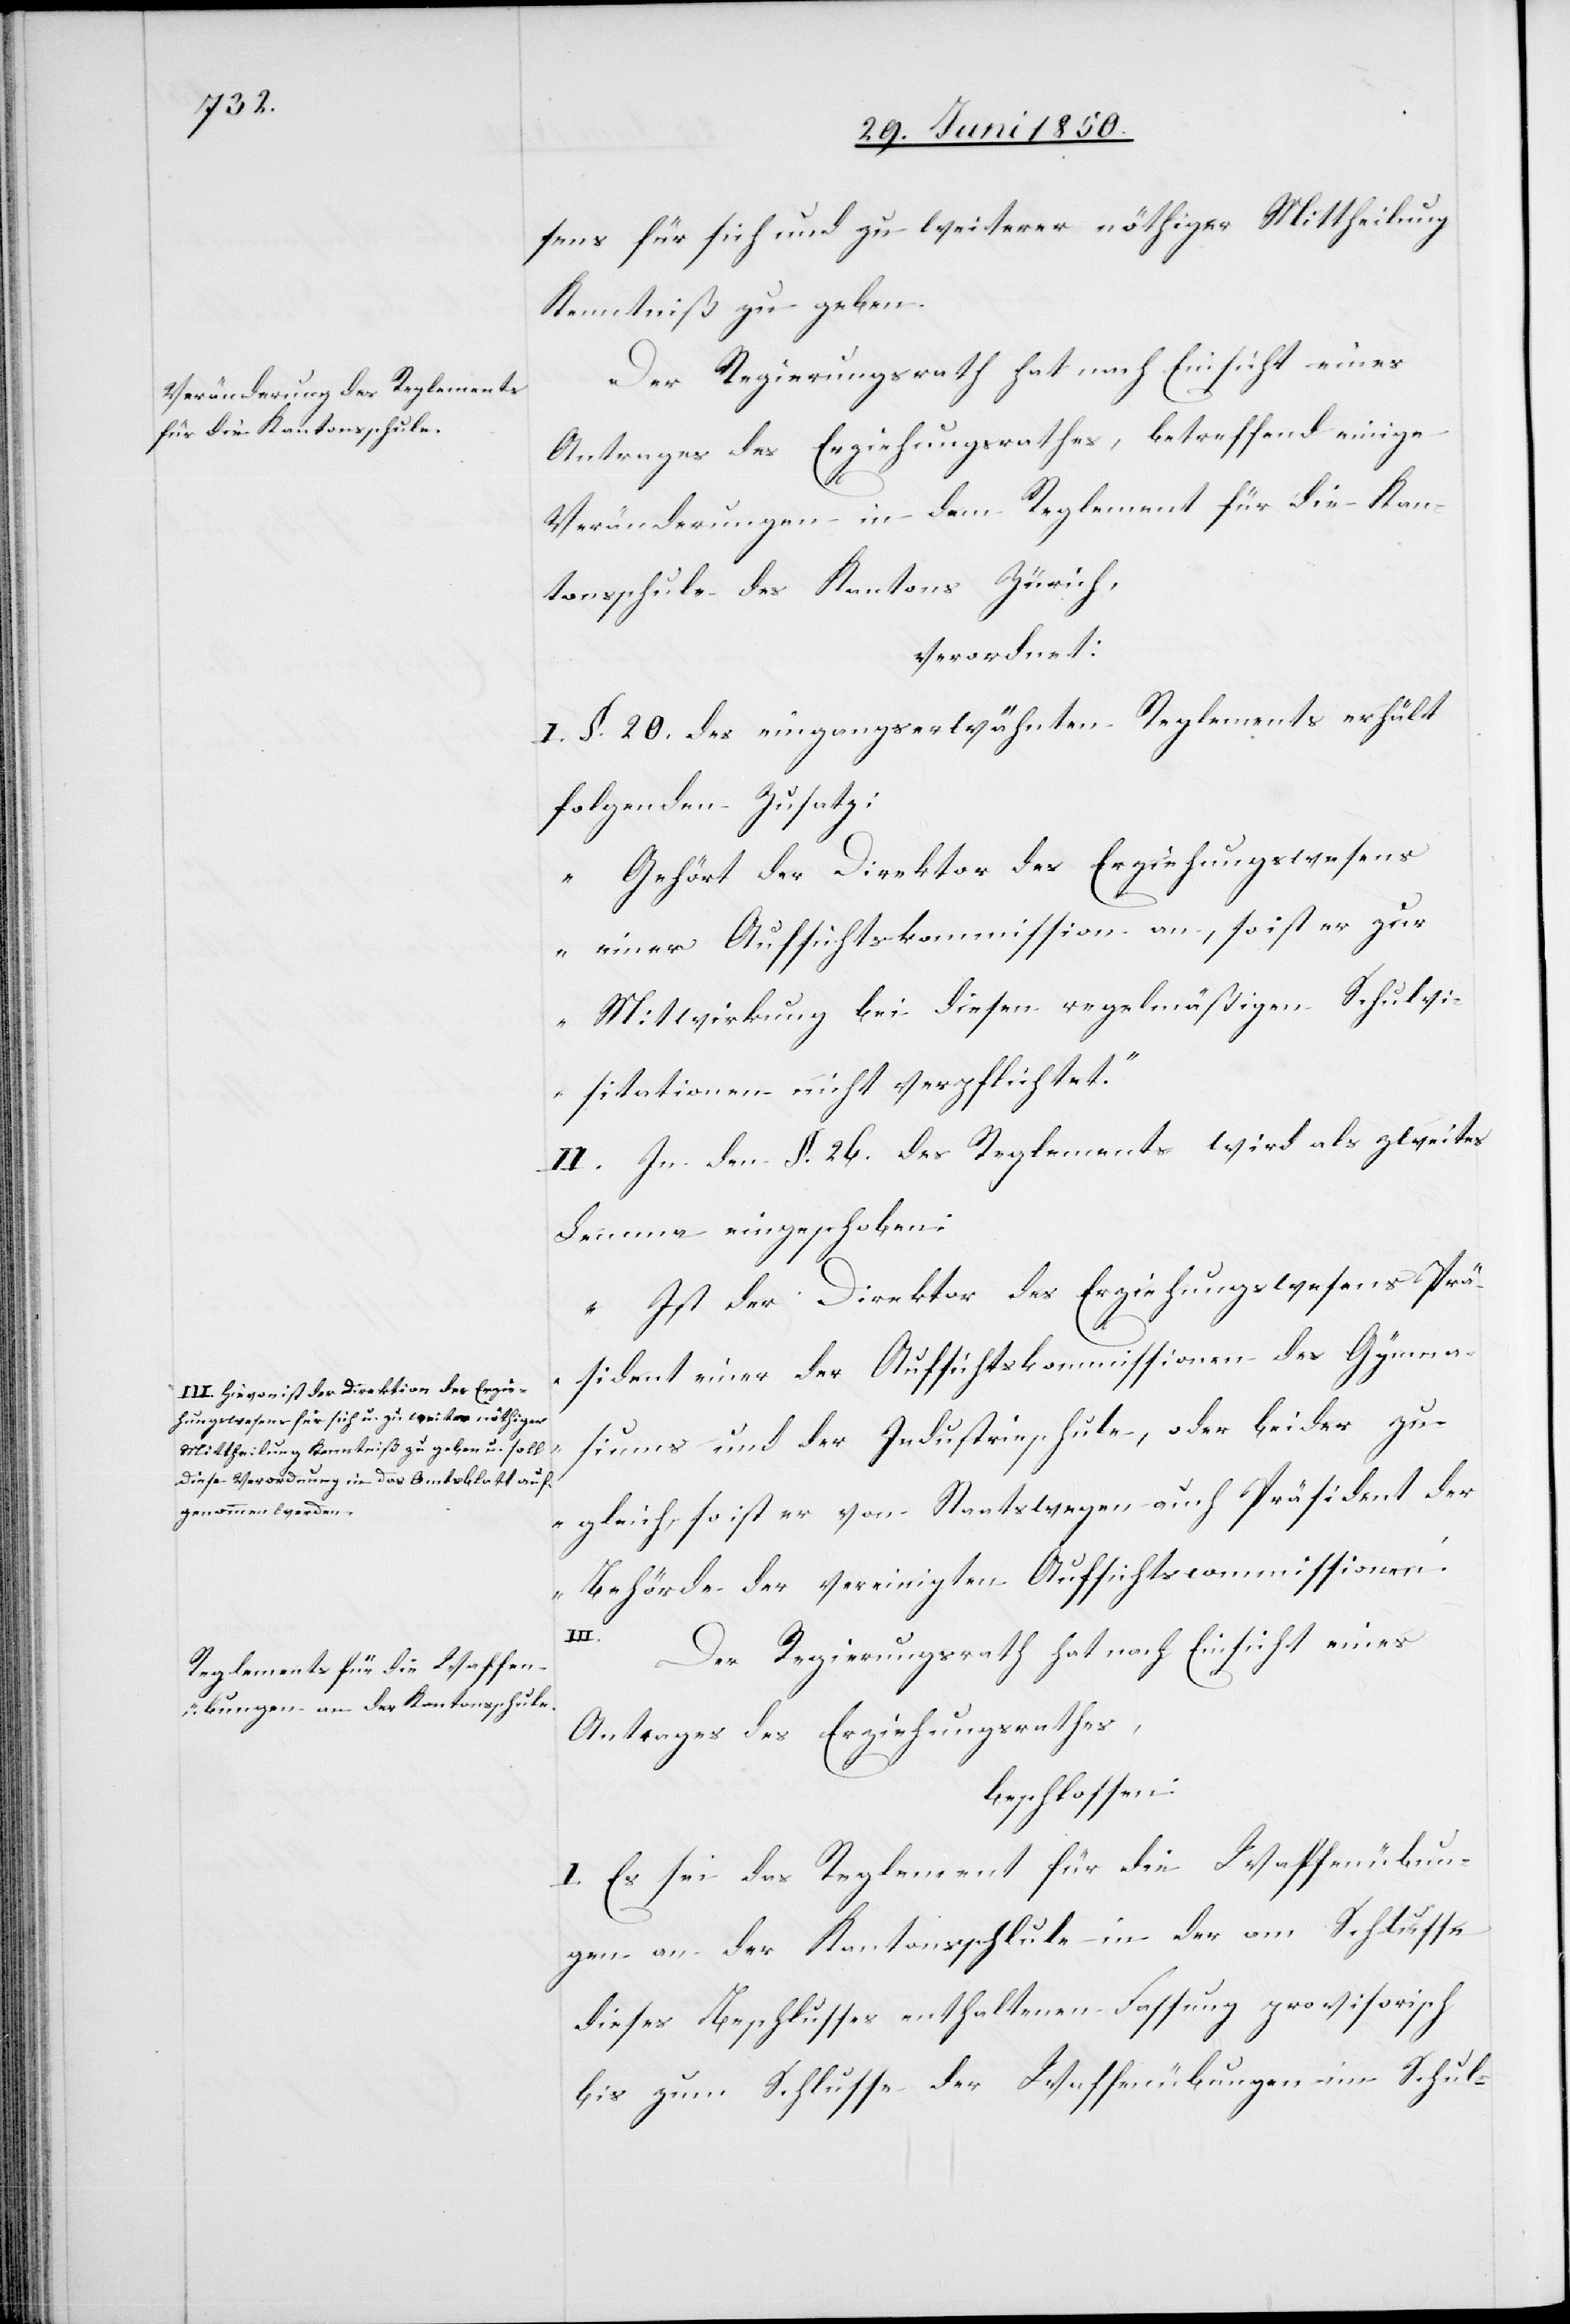
a-III. Hievon ist der Direktion des Erzie¬
hungswesens für sich u. zu weiter nöthiger
Mittheilung Kenntniß zu geben u. soll
diese Verordnung in das Amtsblatt auf¬
genommen werden.-a

sens für sich und zu weiterer nöthiger Mittheilung
Kenntniß zu geben.
Der Regierungsrath hat nach Einsicht eines
Antrages des Erziehungsrathes, betreffend einige
Veränderungen in dem Reglement für die Kan¬
tonsschule des Kantons Zürich,
verordnet:
I. §. 20. des eingangserwähnten Reglements erhält
folgenden Zusatz:
„Gehört der Direktor des Erziehungswesens
einer Aufsichtskommission an, so ist er zur
Mitwirkung bei diesen regelmäßigen Schulvi¬
sitationen nicht verpflichtet.“
II. In den §. 26. des Reglements wird als zweites
Lemma eingeschoben:
„Ist der Direktor des Erziehungswesens Prä¬
sident einer der Aufsichtskommissionen des Gymna¬
siums und der Industrieschule, oder beides zu¬
gleich, so ist er von Staatswegen auch Präsident der
Behörde der vereinigten Aufsichtscommissionen.“